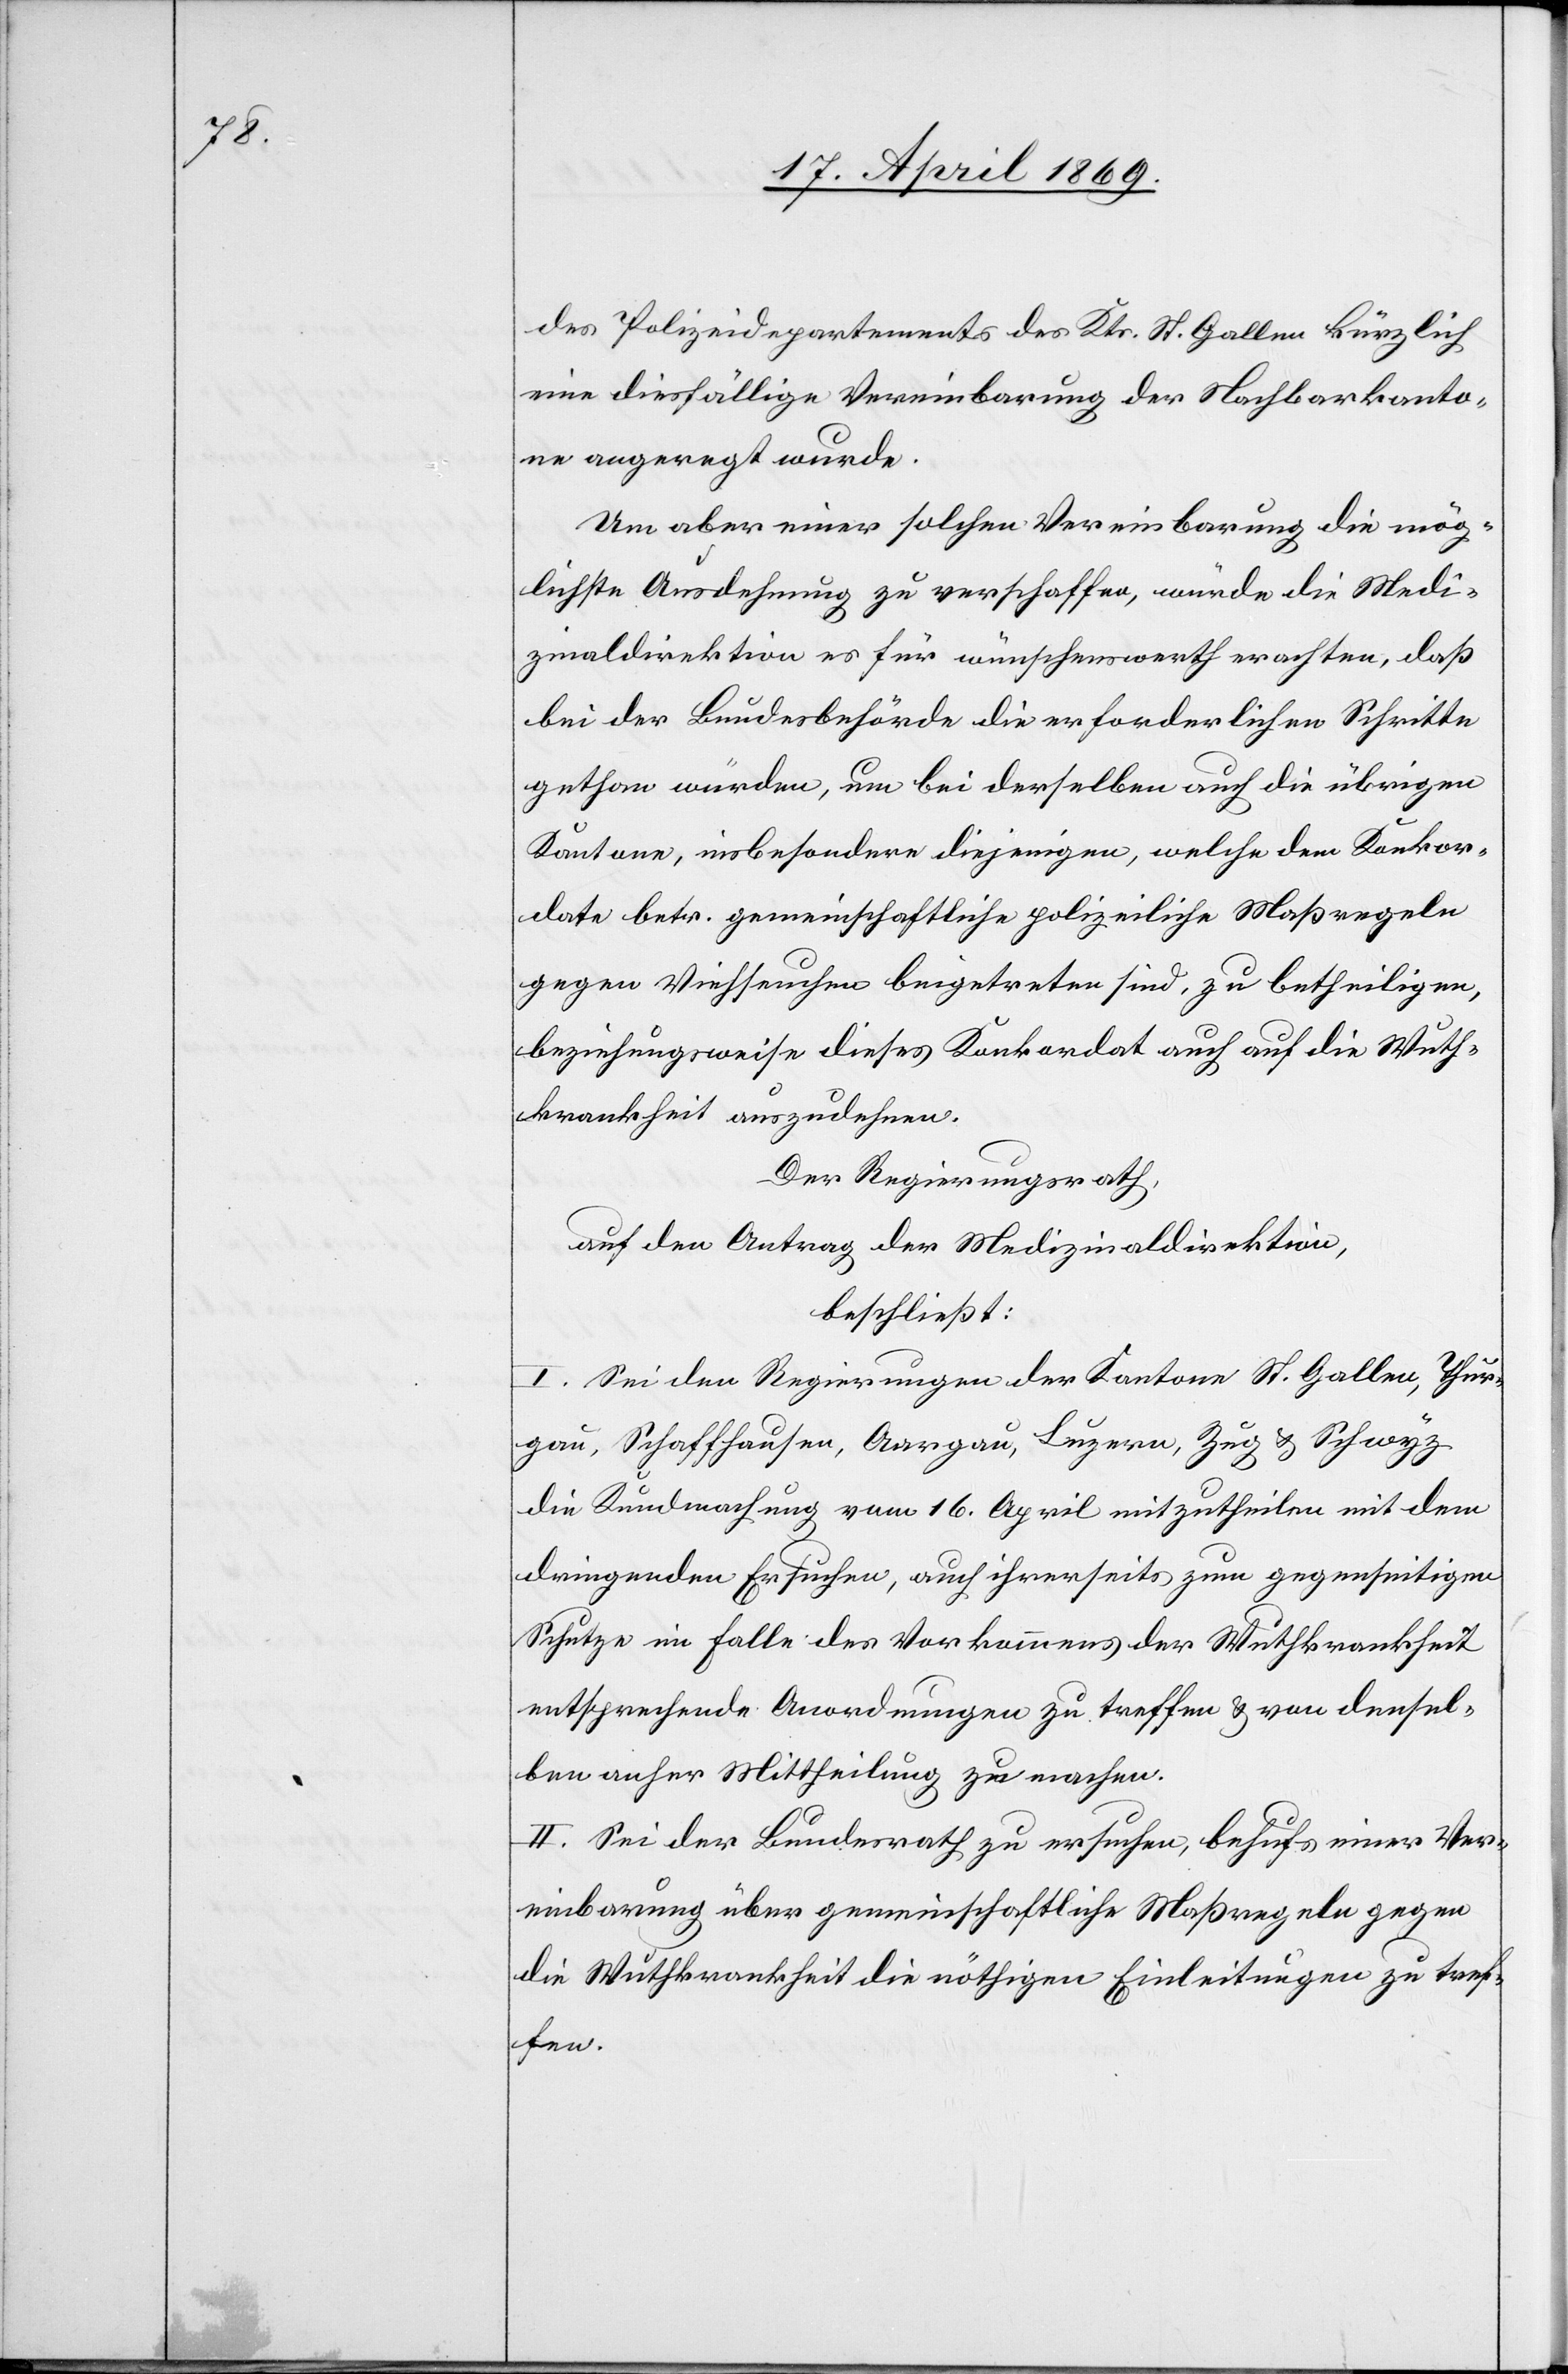
des Polizeidepartements des Kts. St. Gallen kürzlich
eine diesfällige Vereinbarung der Nachbarkanto¬
ne angeregt wurde.
Um aber einer solchen Vereinbarung die mög¬
lichste Ausdehnung zu verschaffen, würde die Medi¬
zinaldirektion es für wünschenswerth erachten, daß
bei der Bundesbehörde die erforderlichen Schritte
gethan würden, um bei derselben auch die übrigen
Kantone, insbesondere diejenigen, welche dem Konkor¬
date betr. gemeinschaftliche polizeiliche Maßregeln
gegen Viehseuchen beigetreten sind, zu betheiligen,
beziehungsweise dieses Konkordat auch auf die Wuth¬
krankheit auszudehnen.
Der Regierungsrath,
auf den Antrag der Medizinaldirektion,
beschließt:
I. Sei den Regierungen der Kantone St. Gallen, Thur¬
gau, Schaffhausen, Aargau, Luzern, Zug u. Schwyz
die Kundmachung vom 16. April mitzutheilen mit dem
dringenden Ersuchen, auch ihrerseits zum gegenseitigen
Schutze im Falle des Vorkommens der Wuthkrankheit
entsprechende Anordnungen zu treffen u. von densel¬
ben anher Mittheilung zu machen.
II. Sei der Bundesrath zu ersuchen, behufs einer Ver¬
einbarung über gemeinschaftliche Maßregeln gegen
die Wuthkrankheit die nöthigen Einleitungen zu tref¬
fen.